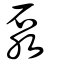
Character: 泵